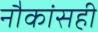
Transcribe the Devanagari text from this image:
नौकांसही